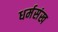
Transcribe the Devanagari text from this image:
धर्मसंख